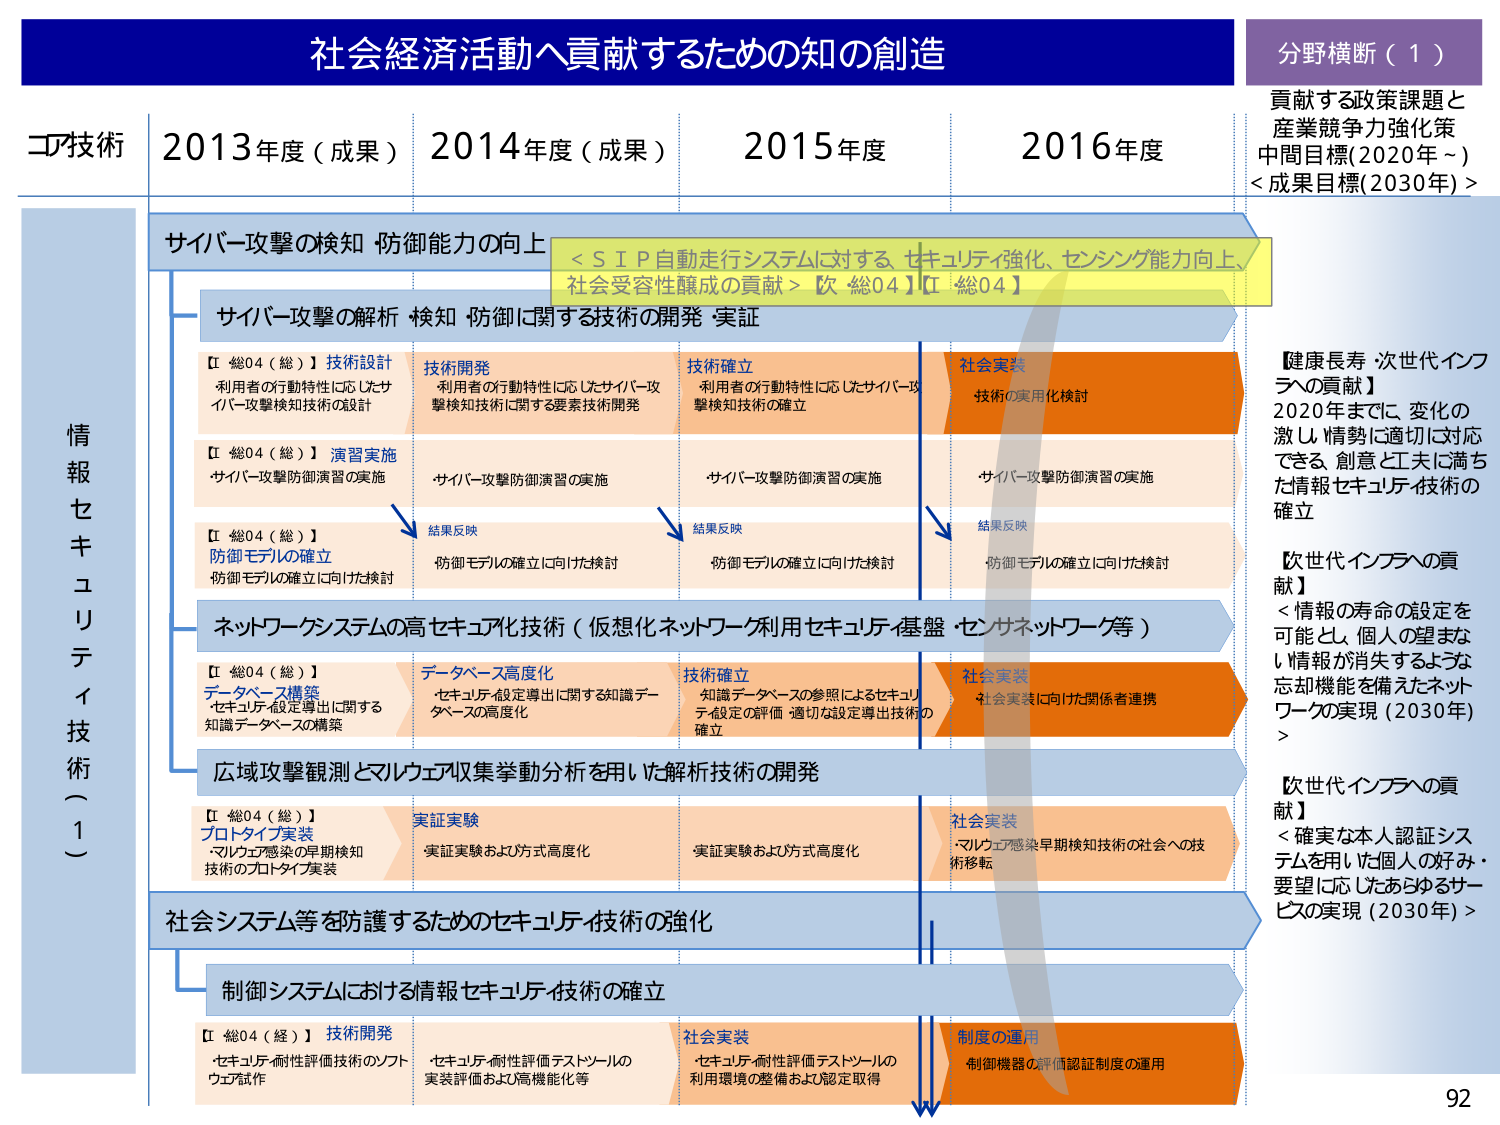
社会経済活動へ貢献するための知の創造
分野横断（１）
貢献する政策課題と産業競争力強化策
中間目標（2020年～）
＜成果目標（2030年）＞

コア技術
2013年度（成果）
2014年度（成果）
2015年度
2016年度

情報セキュリティ技術（１）

サイバー攻撃の検知・防御能力の向上
＜ＳＩＰ自動走行システムに対するセキュリティ強化、センシング能力向上、社会受容性醸成の貢献＞【次 総04】【I 総04】

サイバー攻撃の解析・検知・防御に関する技術の開発・実証

【I 総04（総）】技術設計
利用者の行動特性に応じたサイバー攻撃検知技術の設計

【I 総04（総）】演習実施
サイバー攻撃防御演習の実施

【I 総04（総）】防御モデルの確立
防御モデルの確立に向けた検討

技術開発
利用者の行動特性に応じたサイバー攻撃検知技術に関する要素技術開発

・サイバー攻撃防御演習の実施

結果反映
防御モデルの確立に向けた検討

技術確立
利用者の行動特性に応じたサイバー攻撃検知技術の確立

・サイバー攻撃防御演習の実施

結果反映
防御モデルの確立に向けた検討

社会実装
技術の実用化検討

・サイバー攻撃防御演習の実施

結果反映
防御モデルの確立に向けた検討

ネットワークシステムの高セキュリティ技術（仮想化ネットワーク利用セキュリティ、基盤・センサネットワーク等）

【I 総04（総）】データベース構築
・セキュリティ設定導出に関する知識データベースの構築

データベース高度化
・セキュリティ設定導出に関する知識データベースの高度化

技術確立
・知識データベースの参照によるセキュリティ設定の評価・適切な設定導出技術の確立

社会実装
社会実装に向けた関係者連携

広域攻撃観測とマルウェア収集挙動分析を用いた解析技術の開発

【I 総04（総）】プロトタイプ実装
・マルウェア感染の早期検知技術のプロトタイプ実装

実証実験
実証実験および方式高度化

実証実験および方式高度化

社会実装
・マルウェア感染早期検知技術の社会への技術移転

社会システム等を保護するためのセキュリティ技術の強化

制御システムにおける情報セキュリティ技術の確立

【I 総04（総）】技術開発
・セキュリティ耐性評価技術のソフトウェア試作

・セキュリティ耐性評価テストツールの実装評価および高機能化等

社会実装
・セキュリティ耐性評価テストツールの利用環境の整備および認定取得

制度の運用
・制御機器の評価認証制度の運用

【健康長寿・次世代インフラへの貢献】
2020年までに、変化の激しい情勢に適切に対応できる、創意と工夫に満ちた情報セキュリティ技術の確立

【次世代インフラへの貢献】
＜情報の寿命の設定を可能とし、個人の望まない情報が消失するような忘却機能を備えたネットワークの実現（2030年）＞

【次世代インフラへの貢献】
＜確実な本人認証システムを用いた個人の好み・要望に応じたあらゆるサービスの実現（2030年）＞

92